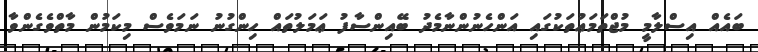
ބައެއް އިސްލާމީ މުޖްތަމަޢުތަކުގައި އަންހެނުންނާމެދު ބޭއިންސާފު ޢަމަލުތައް ހިންގުނު ނަމަވެސް މިކަމުން މާތްވެގެންވާ